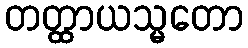
တတ္ထာယသ္မတော